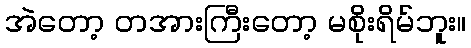
အဲတော့ တအားကြီးတော့ မစိုးရိမ်ဘူး။